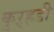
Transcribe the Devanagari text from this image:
कुऱ्हडी